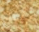
لتأخذ